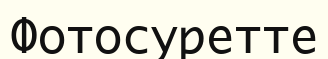
Фотосуретте